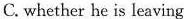
C. whether he is leaving